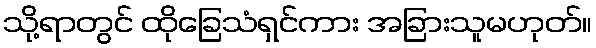
သို့ရာတွင် ထိုခြေသံရှင်ကား အခြားသူမဟုတ်။